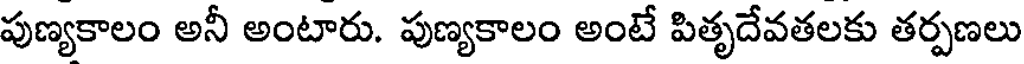
పుణ్యకాలం అనీ అంటారు. పుణ్యకాలం అంటే పితృదేవతలకు తర్పణలు